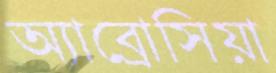
অ্যাব্রোসিয়া